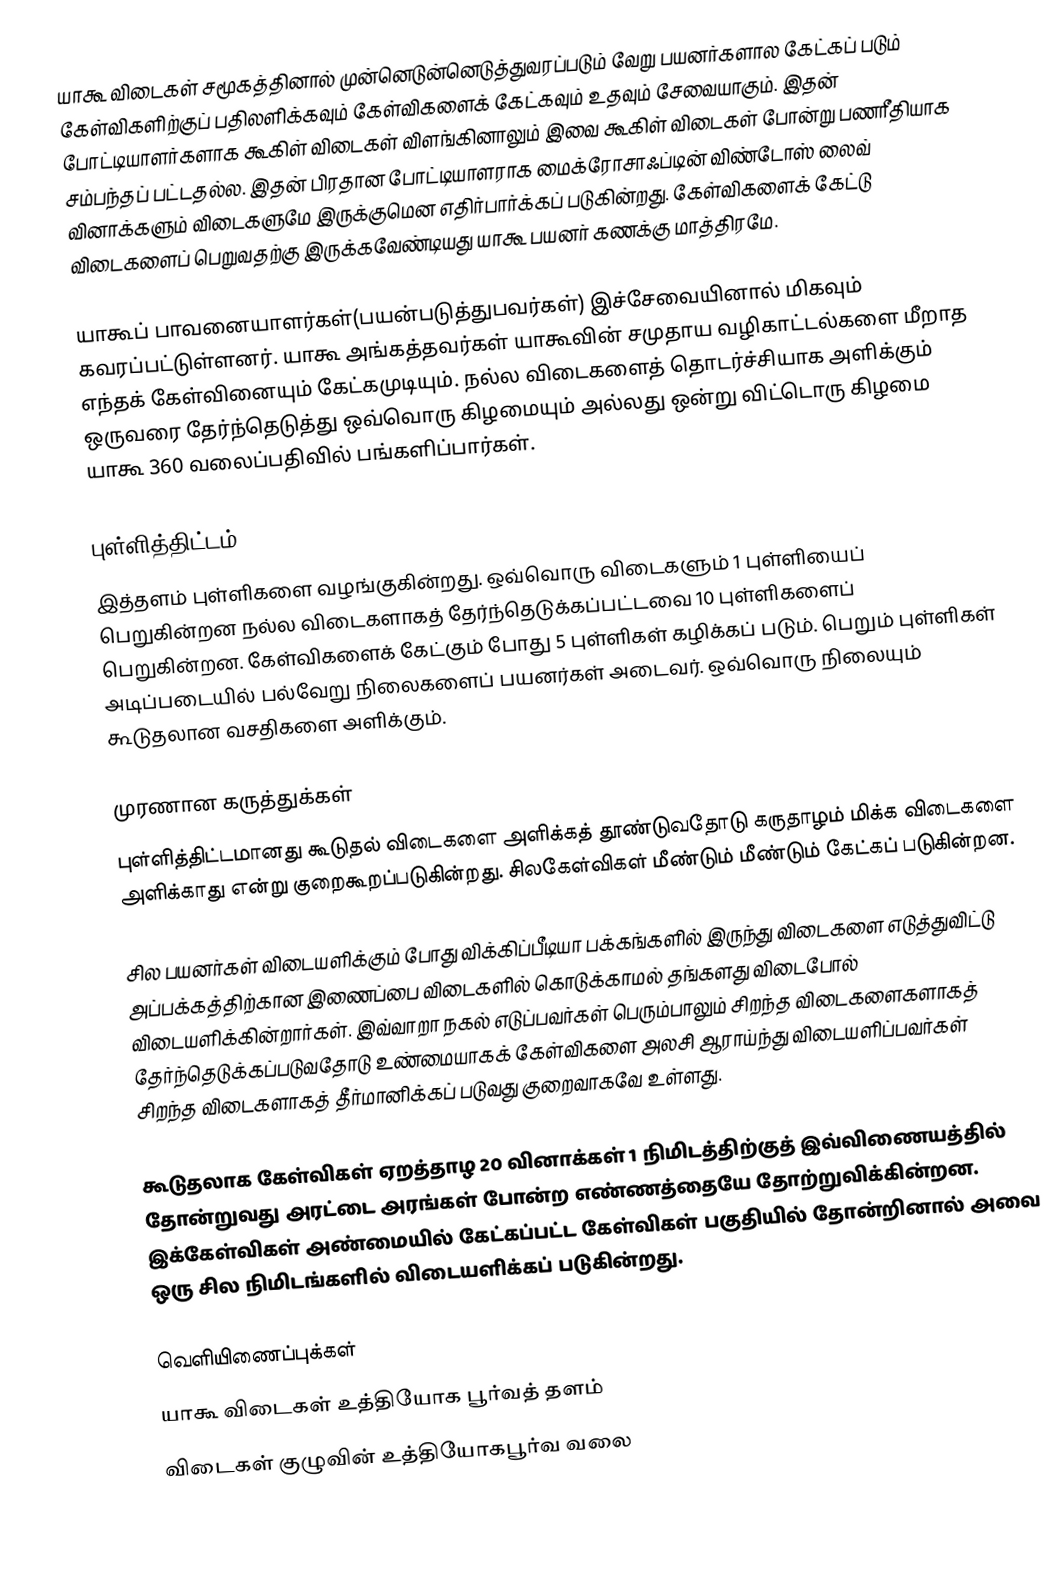
யாகூ விடைகள் சமூகத்தினால் முன்னெடுன்னெடுத்துவரப்படும் வேறு பயனர்களால கேட்கப் படும் கேள்விகளிற்குப் பதிலளிக்கவும் கேள்விகளைக் கேட்கவும் உதவும் சேவையாகும். இதன் போட்டியாளர்களாக கூகிள் விடைகள் விளங்கினாலும் இவை கூகிள் விடைகள் போன்று பணரீதியாக சம்பந்தப் பட்டதல்ல. இதன் பிரதான போட்டியாளராக மைக்ரோசாஃப்டின் விண்டோஸ் லைவ் வினாக்களும் விடைகளுமே இருக்குமென எதிர்பார்க்கப் படுகின்றது. கேள்விகளைக் கேட்டு விடைகளைப் பெறுவதற்கு இருக்கவேண்டியது யாகூ பயனர் கணக்கு மாத்திரமே.

யாகூப் பாவனையாளர்கள்(பயன்படுத்துபவர்கள்) இச்சேவையினால் மிகவும் கவரப்பட்டுள்ளனர். யாகூ அங்கத்தவர்கள் யாகூவின் சமுதாய வழிகாட்டல்களை மீறாத எந்தக் கேள்வினையும் கேட்கமுடியும். நல்ல விடைகளைத் தொடர்ச்சியாக அளிக்கும் ஒருவரை தேர்ந்தெடுத்து ஒவ்வொரு கிழமையும் அல்லது ஒன்று விட்டொரு கிழமை யாகூ 360 வலைப்பதிவில் பங்களிப்பார்கள்.

புள்ளித்திட்டம்
இத்தளம் புள்ளிகளை வழங்குகின்றது. ஒவ்வொரு விடைகளும் 1 புள்ளியைப் பெறுகின்றன நல்ல விடைகளாகத் தேர்ந்தெடுக்கப்பட்டவை 10 புள்ளிகளைப் பெறுகின்றன. கேள்விகளைக் கேட்கும் போது 5 புள்ளிகள் கழிக்கப் படும். பெறும் புள்ளிகள் அடிப்படையில் பல்வேறு நிலைகளைப் பயனர்கள் அடைவர். ஒவ்வொரு நிலையும் கூடுதலான வசதிகளை அளிக்கும்.

முரணான கருத்துக்கள்
புள்ளித்திட்டமானது கூடுதல் விடைகளை அளிக்கத் தூண்டுவதோடு கருதாழம் மிக்க விடைகளை அளிக்காது என்று குறைகூறப்படுகின்றது. சிலகேள்விகள் மீண்டும் மீண்டும் கேட்கப் படுகின்றன.

சில பயனர்கள் விடையளிக்கும் போது விக்கிப்பீடியா பக்கங்களில் இருந்து விடைகளை எடுத்துவிட்டு அப்பக்கத்திற்கான இணைப்பை விடைகளில் கொடுக்காமல் தங்களது விடைபோல் விடையளிக்கின்றார்கள். இவ்வாறா நகல் எடுப்பவர்கள் பெரும்பாலும் சிறந்த விடைகளைகளாகத் தேர்ந்தெடுக்கப்படுவதோடு உண்மையாகக் கேள்விகளை அலசி ஆராய்ந்து விடையளிப்பவர்கள் சிறந்த விடைகளாகத் தீர்மானிக்கப் படுவது குறைவாகவே உள்ளது.

கூடுதலாக கேள்விகள் ஏறத்தாழ 20 வினாக்கள் 1 நிமிடத்திற்குத் இவ்விணையத்தில் தோன்றுவது அரட்டை அரங்கள் போன்ற எண்ணத்தையே தோற்றுவிக்கின்றன. இக்கேள்விகள் அண்மையில் கேட்கப்பட்ட கேள்விகள் பகுதியில் தோன்றினால் அவை ஒரு சில நிமிடங்களில் விடையளிக்கப் படுகின்றது.

வெளியிணைப்புக்கள்
யாகூ விடைகள் உத்தியோக பூர்வத் தளம்
விடைகள் குழுவின் உத்தியோகபூர்வ வலை